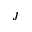
J